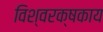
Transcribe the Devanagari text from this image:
विश्वरक्षकाय